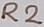
Text: R2